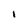
Character: 1